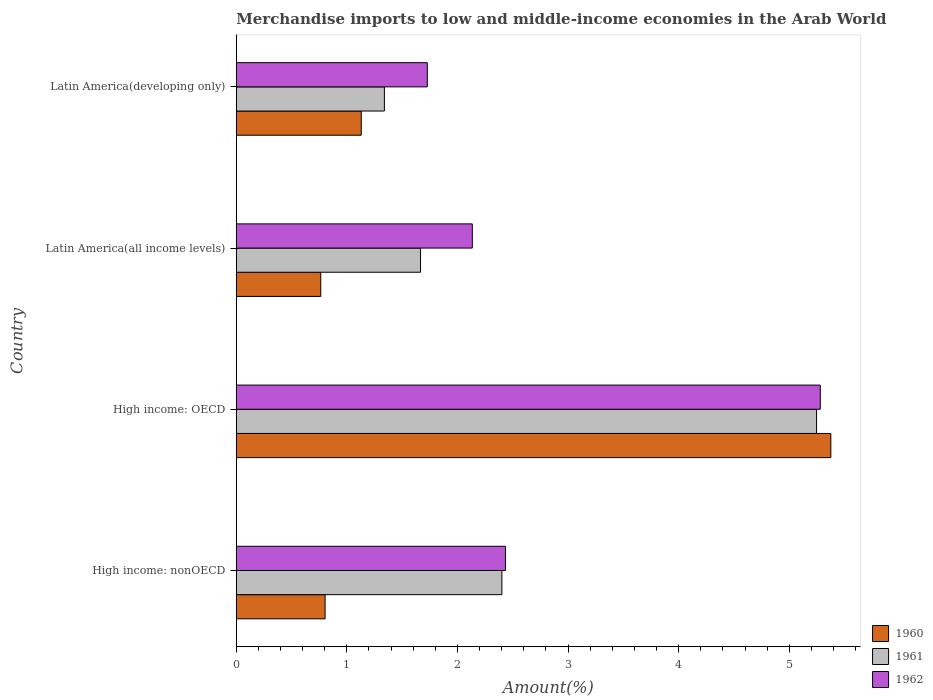
| Country | 1960 | 1961 | 1962 |
 | --- | --- | --- | --- |
 | High income: nonOECD | 0.803 | 2.4 | 2.43 |
 | High income: OECD | 5.38 | 5.25 | 5.28 |
 | Latin America(all income levels) | 0.764 | 1.67 | 2.13 |
 | Latin America(developing only) | 1.13 | 1.34 | 1.73 |